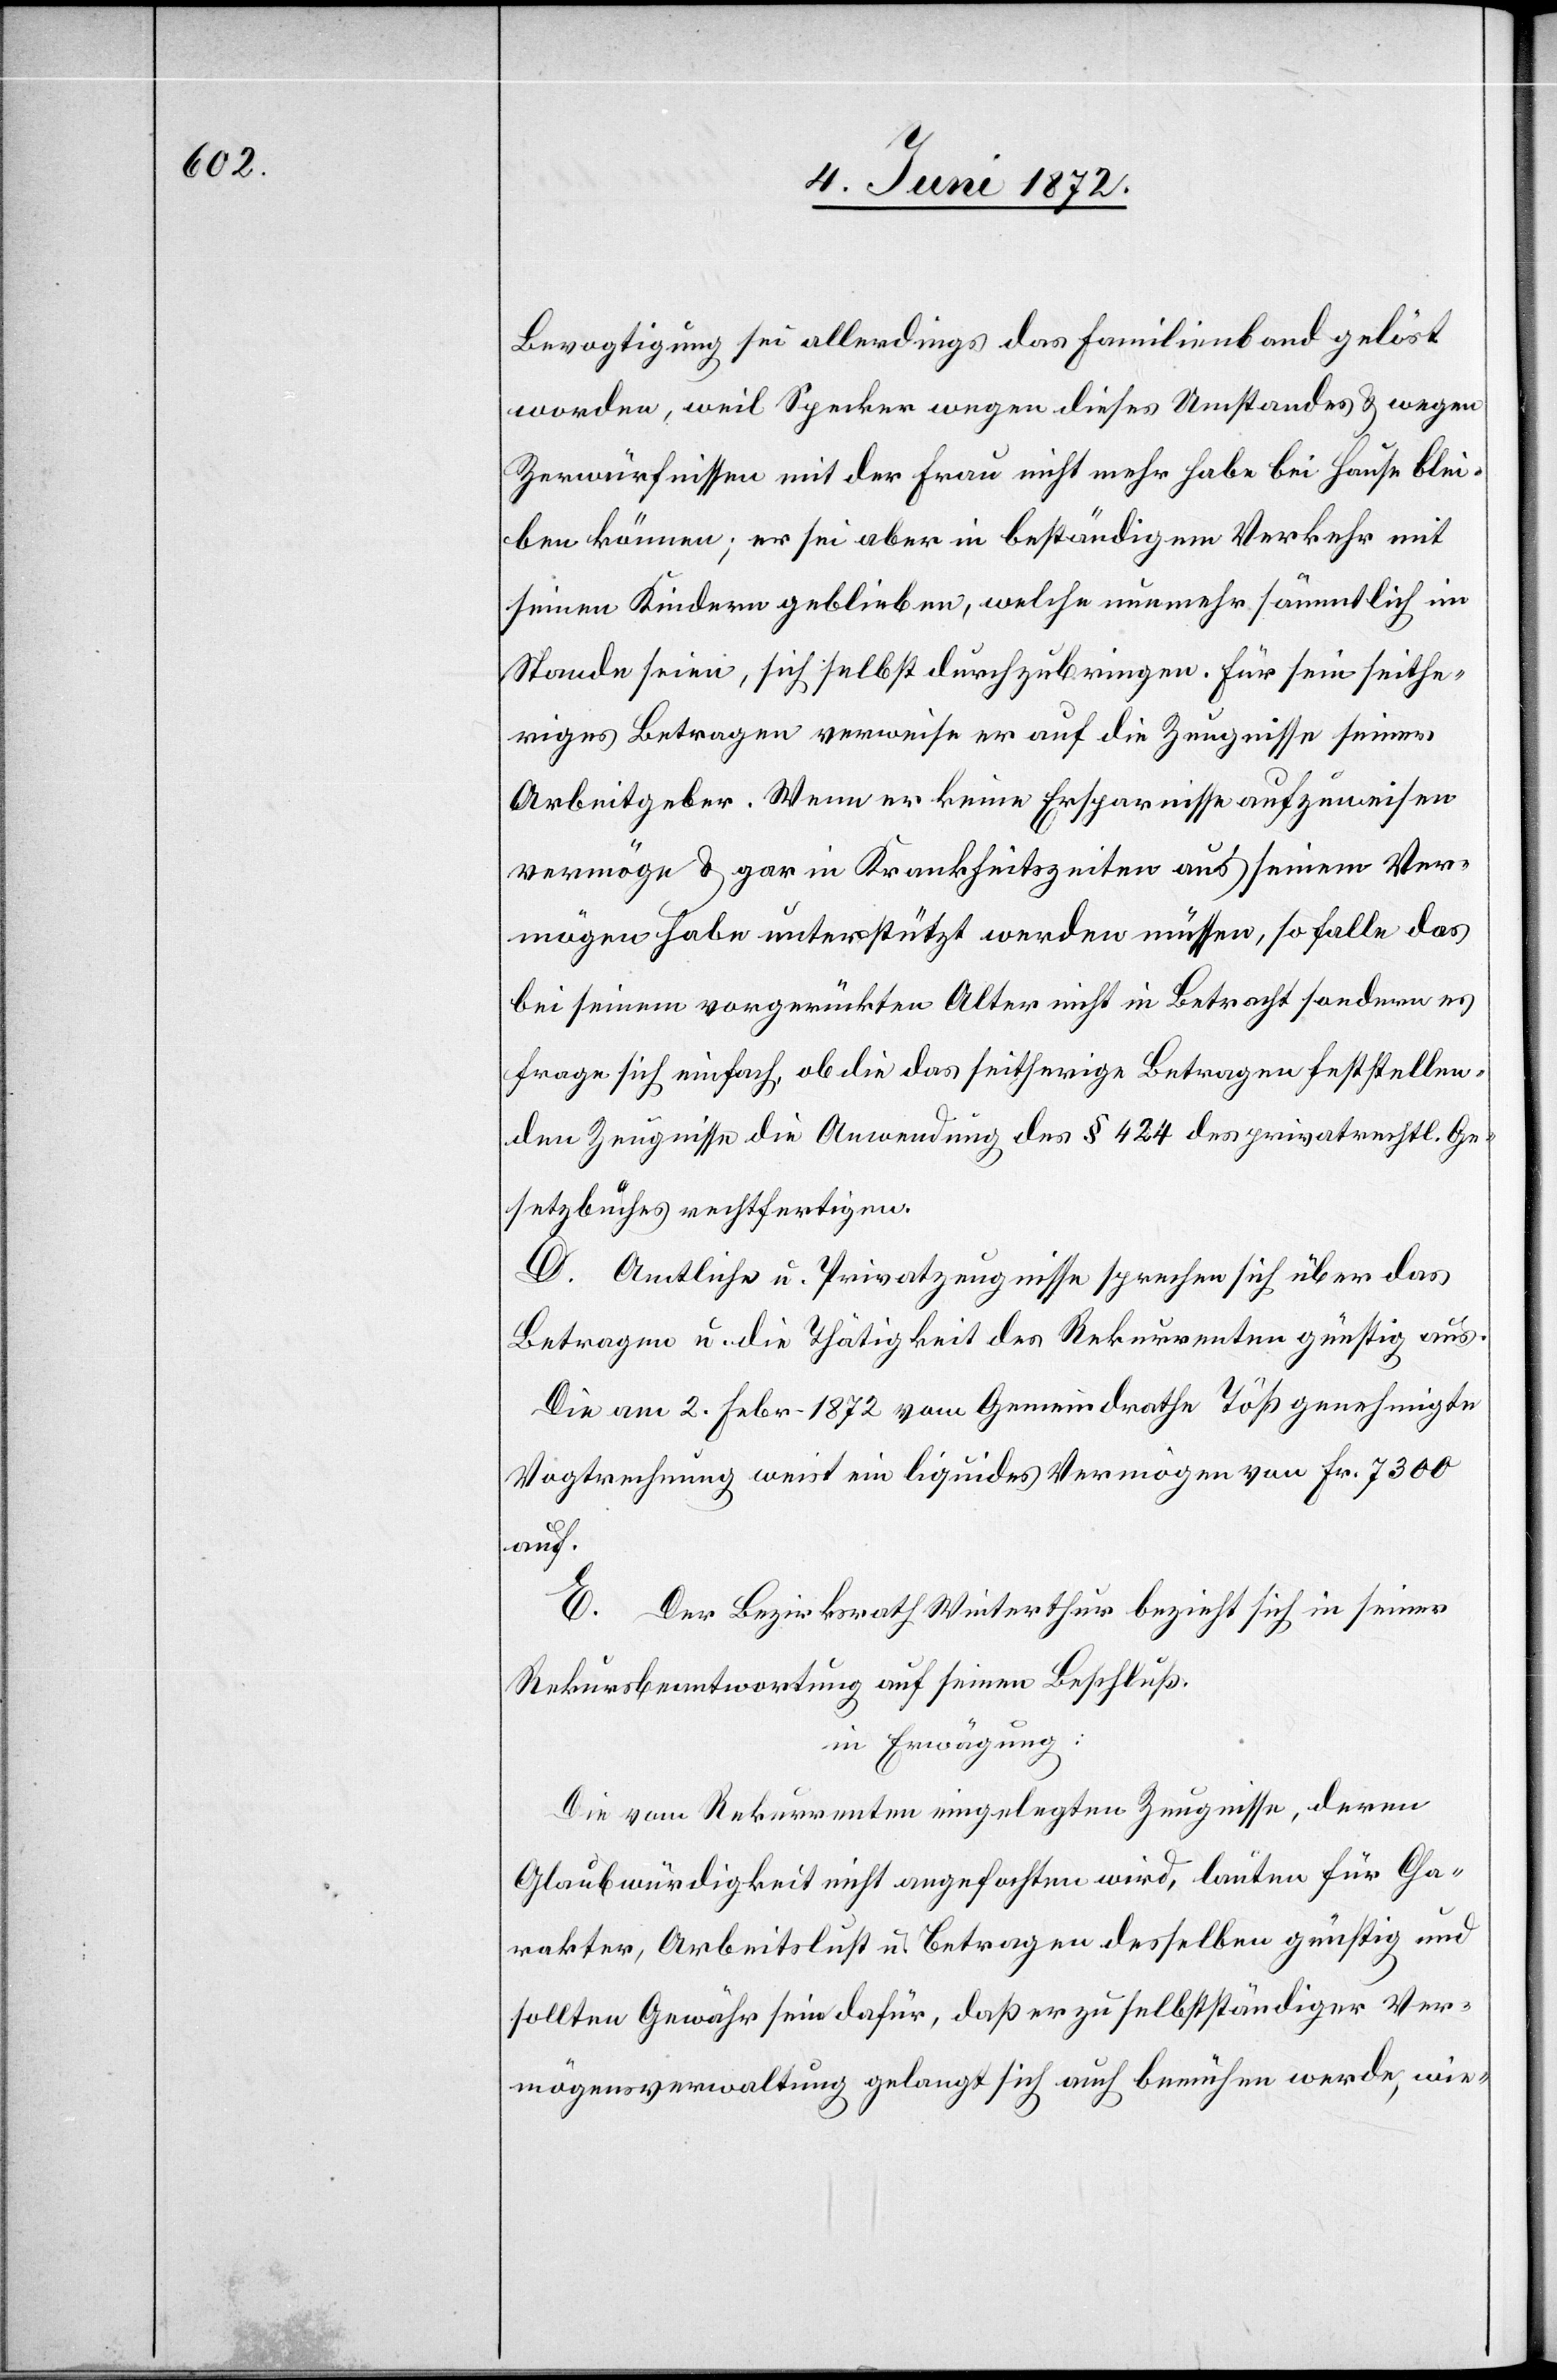
Bevogtigung sei allerdings das Familienband gelöst
worden, weil Specker wegen dieses Umstandes u. wegen
Zerwürfnissen mit der Frau nicht mehr habe bei Hause blei¬
ben können; er sei aber in beständigem Verkehr mit
seinen Kindern geblieben, welche nunmehr sämmtlich im
Stande seien, sich selbst durchzubringen. Für sein seithe¬
riges Betragen verweise er auf die Zeugnisse seiner
Arbeitgeber. Wenn er keine Ersparnisse aufzuweisen
vermöge u. gar in Krankheitszeiten aus seinem Ver¬
mögen habe unterstützt werden müssen, so falle das
bei seinem vorgerückten Alter nicht in Betracht sondern es
frage sich einfach, ob die das seitherige Betragen feststellen¬
den Zeugnisse die Anwendung des § 424 des privatrechtl. Ge¬
setzbuches rechtfertigen.
D. Amtliche u. Privatzeugnisse sprechen sich über das
Betragen u. die Thätigkeit des Rekurrenten günstig aus.
Die am 2. Febr. 1872 vom Gemeindrathe Töß genehmigte
Vogtrechnung weist ein liquides Vermögen von Fr. 7300
auf.
E. Der Bezirksrath Winterthur bezieht sich in seiner
Rekursbeantwortung auf seinen Beschluß.
in Erwägung:
Die vom Rekurrenten eingelegten Zeugnisse, deren
Glaubwürdigkeit nicht angefochten wird, lauten für Cha¬
rakter, Arbeitslust u. Betragen desselben günstig und
sollten Gewähr sein dafür, daß er zu selbstständiger Ver¬
mögensverwaltung gelangt sich auch bemühen werde, wie-